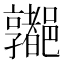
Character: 𰼁